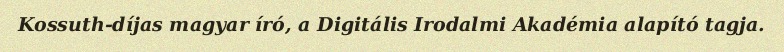
Kossuth-díjas magyar író, a Digitális Irodalmi Akadémia alapító tagja.